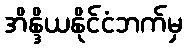
အိန္ဒိယနိုင်ငံဘက်မှ